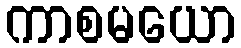
ကာစမယော